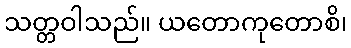
သတ္တဝါသည်။ ယတောကုတောစိ၊